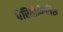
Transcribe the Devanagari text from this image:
पेरितोनितिस